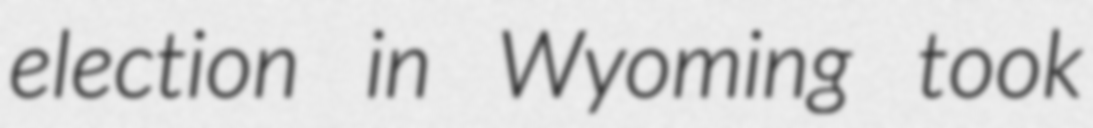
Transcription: election in Wyoming took